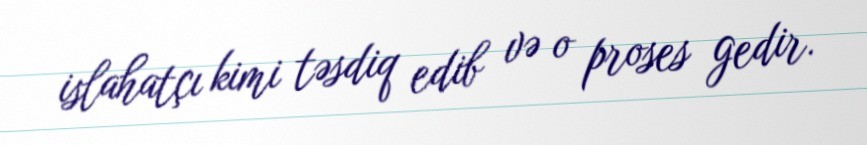
islahatçı kimi təsdiq edib və o proses gedir.